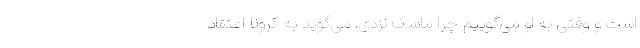
است و وقتی به او می‌گوییم چرا ماسک نزدی، می‌گوید به کرونا اعتقاد